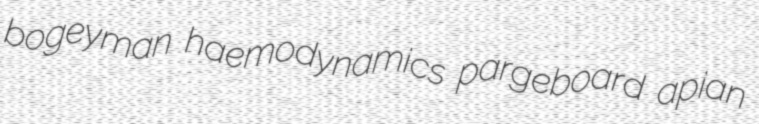
bogeyman haemodynamics pargeboard apian